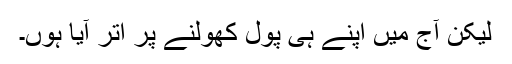
لیکن آج میں اپنے ہی پول کھولنے پر اتر آیا ہوں۔